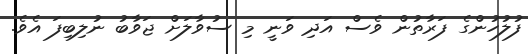
ފުލުހުންގެ ފަރާތުން ވެސް އަދި ވަނީ މި ސުވާލަށް ޖަވާބު ނުލިބިފަ އެވެ.